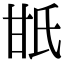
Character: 𤯄